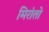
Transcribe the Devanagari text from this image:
मिरांतो